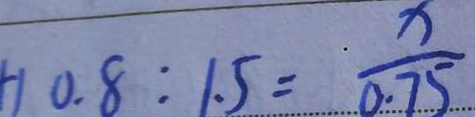
1 0 . 8 : 1 . 5 = \frac { x } { 0 . 7 5 }